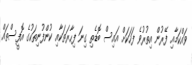
ވައްކަމާއި ފޭރުން އިތުރުވެ ފަހަކަށް އައިސް ބޮޑެތި ގިނަ ފިހާރަތަކާއި ކުންފުނިތަކުގެ އޮފީސްތައް